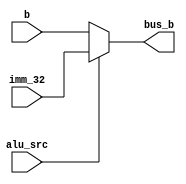
module alu_src_mux(b, imm_32, bus_b, alu_src);

input alu_src;
input [31:0] b;
input [31:0] imm_32;

output [31:0] bus_b;

assign bus_b = (alu_src == 0) ? b : imm_32;

endmodule